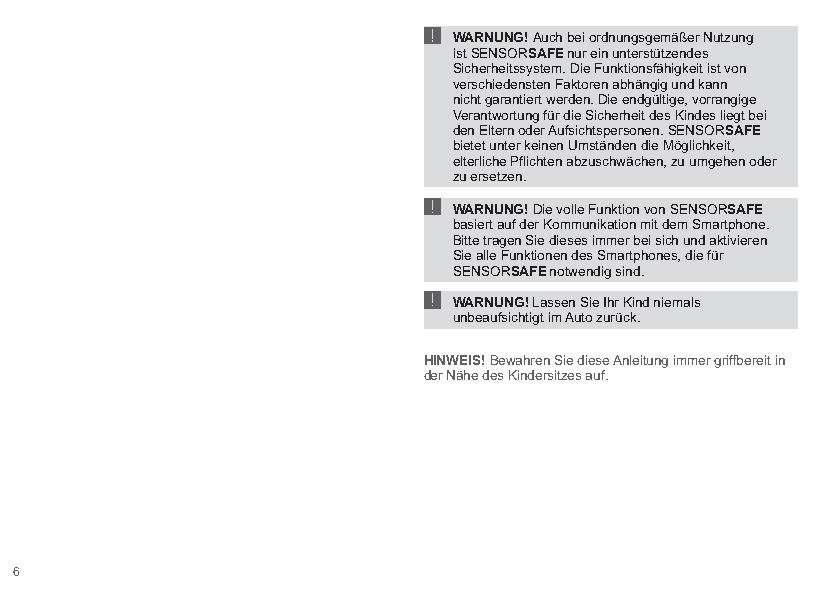
!
 WARNUNG! Auch bei ordnungsgemäßer Nutzung
 ist SENSORSAFE nur ein unterstützendes
 Sicherheitssystem. Die Funktionsfähigkeit ist von
 verschiedensten Faktoren abhängig und kann
 nicht garantiert werden. Die endgültige, vorrangige
 Verantwortung für die Sicherheit des Kindes liegt bei
 den Eltern oder Aufsichtspersonen. SENSORSAFE
 bietet unter keinen Umständen die Möglichkeit,
 ! elterliche Pflichten abzuschwächen, zu umgehen oder
 zu ersetzen.
 WARNUNG! Die volle Funktion von SENSORSAFE
 basiert auf der Kommunikation mit dem Smartphone.
 Bitte tragen Sie dieses immer bei sich und aktivieren
 ! Sie alle Funktionen des Smartphones, die für
 SENSORSAFE notwendig sind.
 WARNUNG! Lassen Sie Ihr Kind niemals
 unbeaufsichtigt im Auto zurück.
 HINWEIS! Bewahren Sie diese Anleitung immer griffbereit in
 der Nähe des Kindersitzes auf.
 6